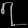
Digit: ၇